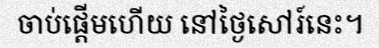
ចាប់ផ្តើមហើយ នៅថ្ងៃសៅរ៍នេះ។